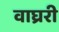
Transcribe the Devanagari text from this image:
वाघ्ररी